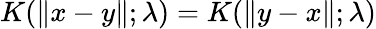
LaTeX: K(\| x-y\| ;\lambda)=K(\| y-x\| ;\lambda)